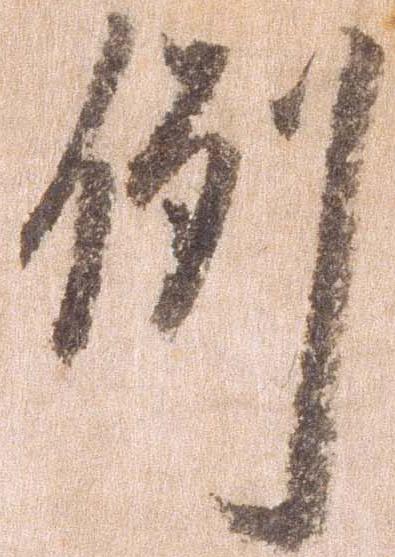
例